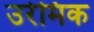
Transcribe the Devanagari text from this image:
उरेमिक